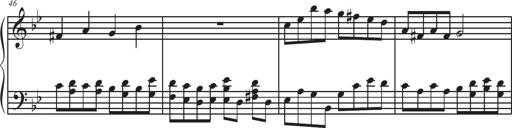
Title: Sonatina Espania
Composer: Jerald Franklin Archer
Key: Various